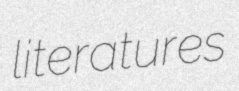
literatures